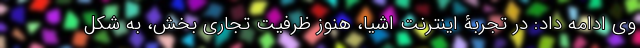
وی ادامه داد: در تجربۀ اینترنت اشیا، هنوز ظرفیت تجاری بخش، به شکل